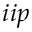
i i p